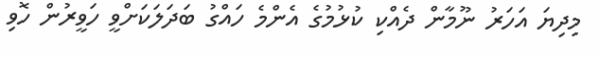
މިދިޔަ އަހަރު ނޫމާން ދެއްކި ކުޅުމުގެ އެންމެ ހައްގު ބަދަލަކަށްވީ ހަވީރުން ހޮވި